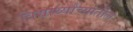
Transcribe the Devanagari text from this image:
विद्यार्थ्यांच्यातील